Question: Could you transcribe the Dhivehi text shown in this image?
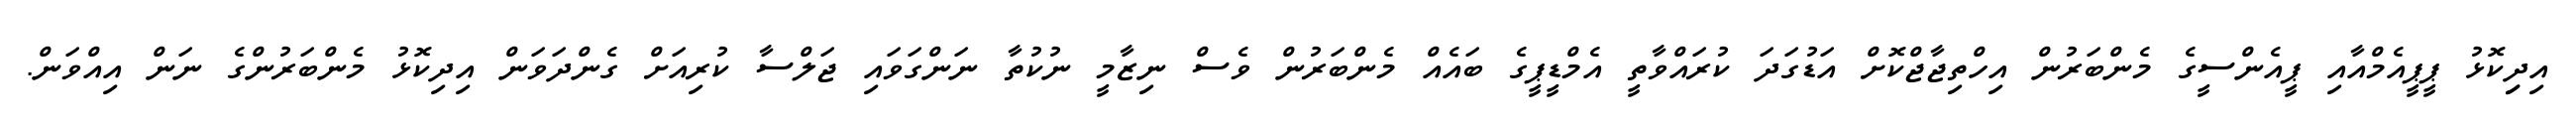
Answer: އިދިިކޮޅު ޕީޕީއެމްއާއި ޕީއެންސީގެ މެންބަރުން އިހްތިޖާޖްކޮށް އަޑުގަދަ ކުރައްވާތީ އެމްޑީޕީގެ ބައެއް މެންބަރުން ވެސް ނިޒާމީ ނުކުތާ ނަންގަވައި ޖަލްސާ ކުރިއަށް ގެންދަވަން އިދިކޮޅު މެންބަރުންގެ ނަން އިއްވަން.